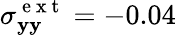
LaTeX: \sigma_{\mathbf{y}\mathbf{y}}^{\mathrm{{~e~x~t~}}}=-0.04